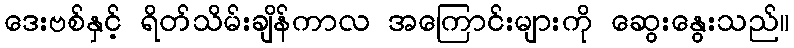
ဒေးဗစ်နှင့် ရိတ်သိမ်းချိန်ကာလ အကြောင်းများကို ဆွေးနွေးသည်။